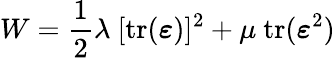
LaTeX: W={\frac{1}{2}}\lambda~[\mathrm{tr}({\boldsymbol{\varepsilon}})]^{2}+\mu~\mathrm{tr}({\boldsymbol{\varepsilon}}^{2})